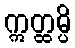
ဣတ္ထမ္ပိ